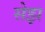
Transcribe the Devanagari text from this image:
सेझ